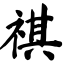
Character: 祺